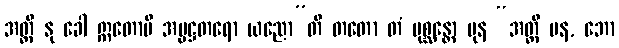
အတ္ထိ နု ခေါ ဣတောပိ အပ္ပဋ္ဌတရော ယညော”တိ တတော တံ ပုစ္ဆန္တော ပုန “အတ္ထိ ပန, ဘော